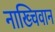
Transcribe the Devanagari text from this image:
नाख्चिवान